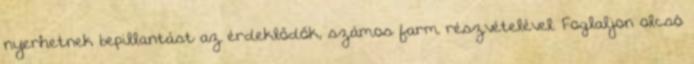
nyerhetnek bepillantást az érdeklődők, számos farm részvételével. Foglaljon olcsó